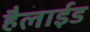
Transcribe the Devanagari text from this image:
हैलाईड